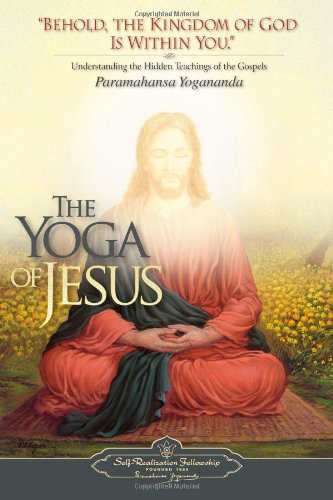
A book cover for The Yoga of Jesus: Understanding the Hidden Teachings of the Gospels (Self-Realization Fellowship); Paramahansa Yogananda; Self-Help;